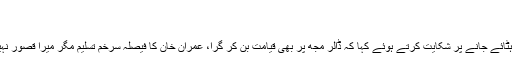
مجھے وزارت سے بے قصور علیحدہ کیا گیا
21 اپریل 2019 (16:27) 2019-04-21
اسلام آباد : سابق وزیر صحت عامر کیانی نے عہدے سے ہٹائے جانے پر شکایت کرتے ہوئے کہا کہ ڈالر مجھ پر بھی قیامت بن کر گرا، عمران خان کا فیصلہ سرخم تسلیم مگر میرا قصور نہیں تھا، نااہلی کا الزام لگنے پر دکھ ہوا، حقائق کچھ اور ہیں۔